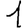
Digit: 1